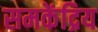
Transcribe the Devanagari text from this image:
समकेंद्रिय